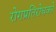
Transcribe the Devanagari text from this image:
रोगप्रतिरोधकों